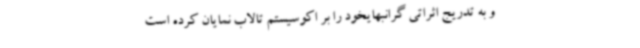
و به تدریج اثراتی گرانبهایخود را بر اکوسیستم تالاب نمایان کرده است